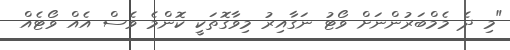
"މި ދެ މެމްބަރުންނަށް ވޯޓު ނަގާއިރު މިވާގޮތަކީ ކޮންމެ ވެސް އެއް ވޯޓެއް